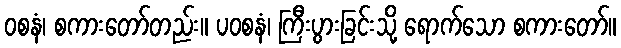
ဝစနံ၊ စကားတော်တည်း။ ပဝစနံ၊ ကြီးပွားခြင်းသို့ ရောက်သော စကားတော်။